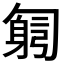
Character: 𠤂